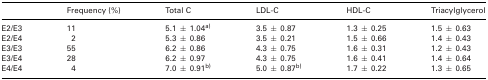
|  | Frequency (%) | Total C | LDL-C | HDL-C | Triacylglycerol |
 | --- | --- | --- | --- | --- | --- |
 | E2/E3 | 11 | 5.1 ± 1.04a) | 3.5 ± 0.87 | 1.3 ± 0.25 | 1.5 ± 0.63 |
 | E2/E4 | 2 | 5.3 ± 0.86 | 3.5 ± 0.21 | 1.5 ± 0.66 | 1.4 ± 0.43 |
 | E3/E3 | 55 | 6.2 ± 0.86 | 4.3 ± 0.75 | 1.6 ± 0.31 | 1.2 ± 0.43 |
 | E3/E4 | 28 | 6.2 ± 0.97 | 4.3 ± 0.75 | 1.6 ± 0.41 | 1.4 ± 0.64 |
 | E4/E4 | 4 | 7.0 ± 0.91b) | 5.0 ± 0.87b) | 1.7 ± 0.22 | 1.3 ± 0.65 |